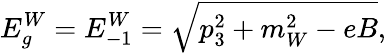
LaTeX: E_{g}^{W}=E_{-1}^{W}=\sqrt{p_{3}^{2}+m_{W}^{2}-eB},